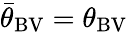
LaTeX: {\bar{\theta}}_{\mathrm{BV}}=\theta_{\mathrm{BV}}